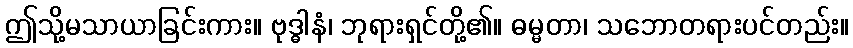
ဤသို့မသာယာခြင်းကား။ ဗုဒ္ဓါနံ၊ ဘုရားရှင်တို့၏။ ဓမ္မတာ၊ သဘောတရားပင်တည်း။